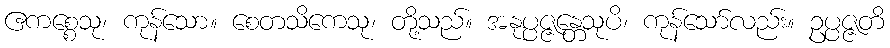
ဧကစ္စေသု၊ ကုန်သော။ စေတသိကေသု၊ တို့သည်။ အနုပ္ပဇ္ဇန္တေသုပိ၊ ကုန်သော်လည်း။ ဥပ္ပဇ္ဇတိ